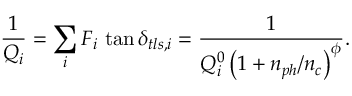
\frac { 1 } { Q _ { i } } = \sum _ { i } F _ { i } \, \tan \delta _ { t l s , i } = \frac { 1 } { Q _ { i } ^ { 0 } \left( 1 + n _ { p h } / n _ { c } \right) ^ { \phi } } .